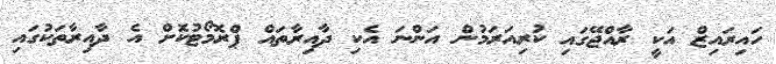
ހައިރައިޒް އަކީ ރާއްޖޭގައި ކުރިއަރަމުން އަންނަ އެކި ދާއިރާތައް ޕްރޮމޯޓުކޮށް އެ ދާއިރާތަކުގައި